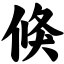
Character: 倏